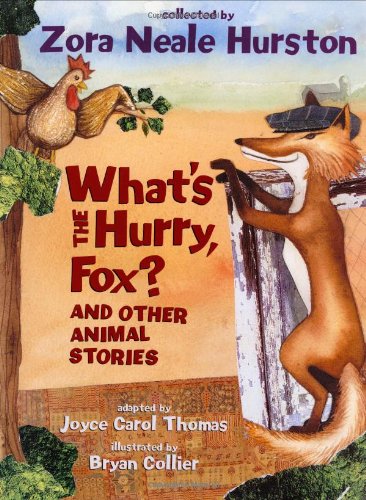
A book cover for What's the Hurry, Fox?: And Other Animal Stories; Zora Neale Hurston; Children's Books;